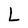
Character: L